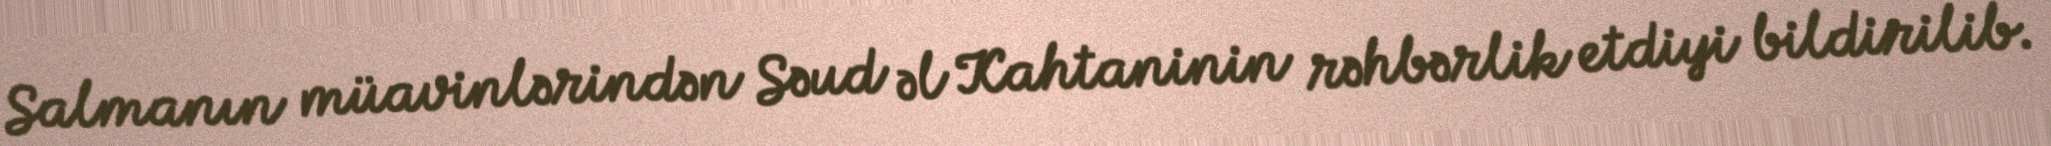
Salmanın müavinlərindən Səud əl Kahtaninin rəhbərlik etdiyi bildirilib.